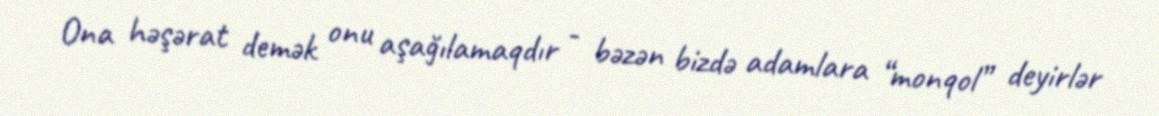
Ona həşərat demək onu aşağılamaqdır - bəzən bizdə adamlara “monqol” deyirlər